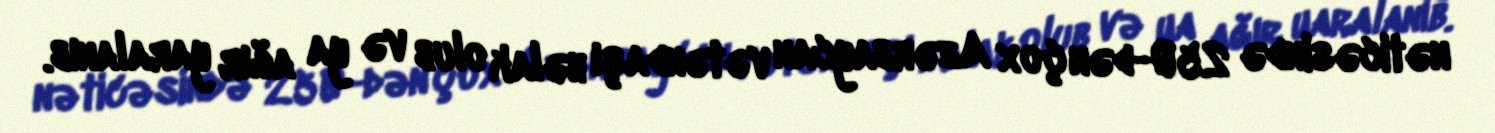
nəticəsində 250-dən çox Azərbaycan vətəndaşı həlak olub və ya ağır yaralanıb.